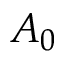
A _ { 0 }